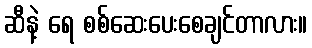
ဆီနဲ့ ရေ စစ်ဆေးပေးစေချင်တာလား။